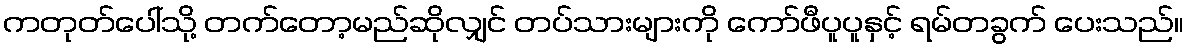
ကတုတ်ပေါ်သို့ တက်တော့မည်ဆိုလျှင် တပ်သားများကို ကော်ဖီပူပူနှင့် ရမ်တခွက် ပေးသည်။